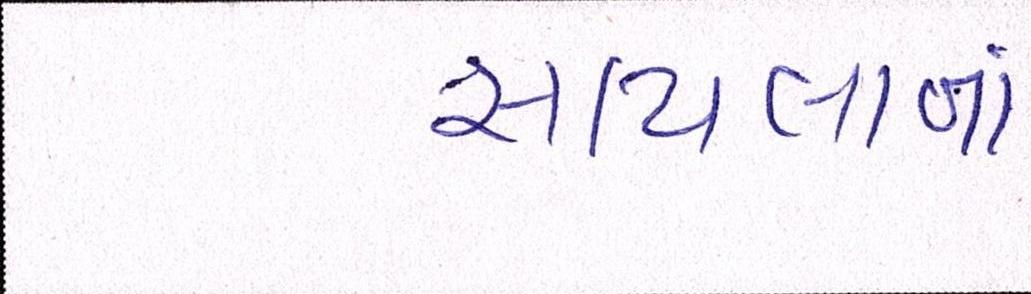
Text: સાયલાનાં